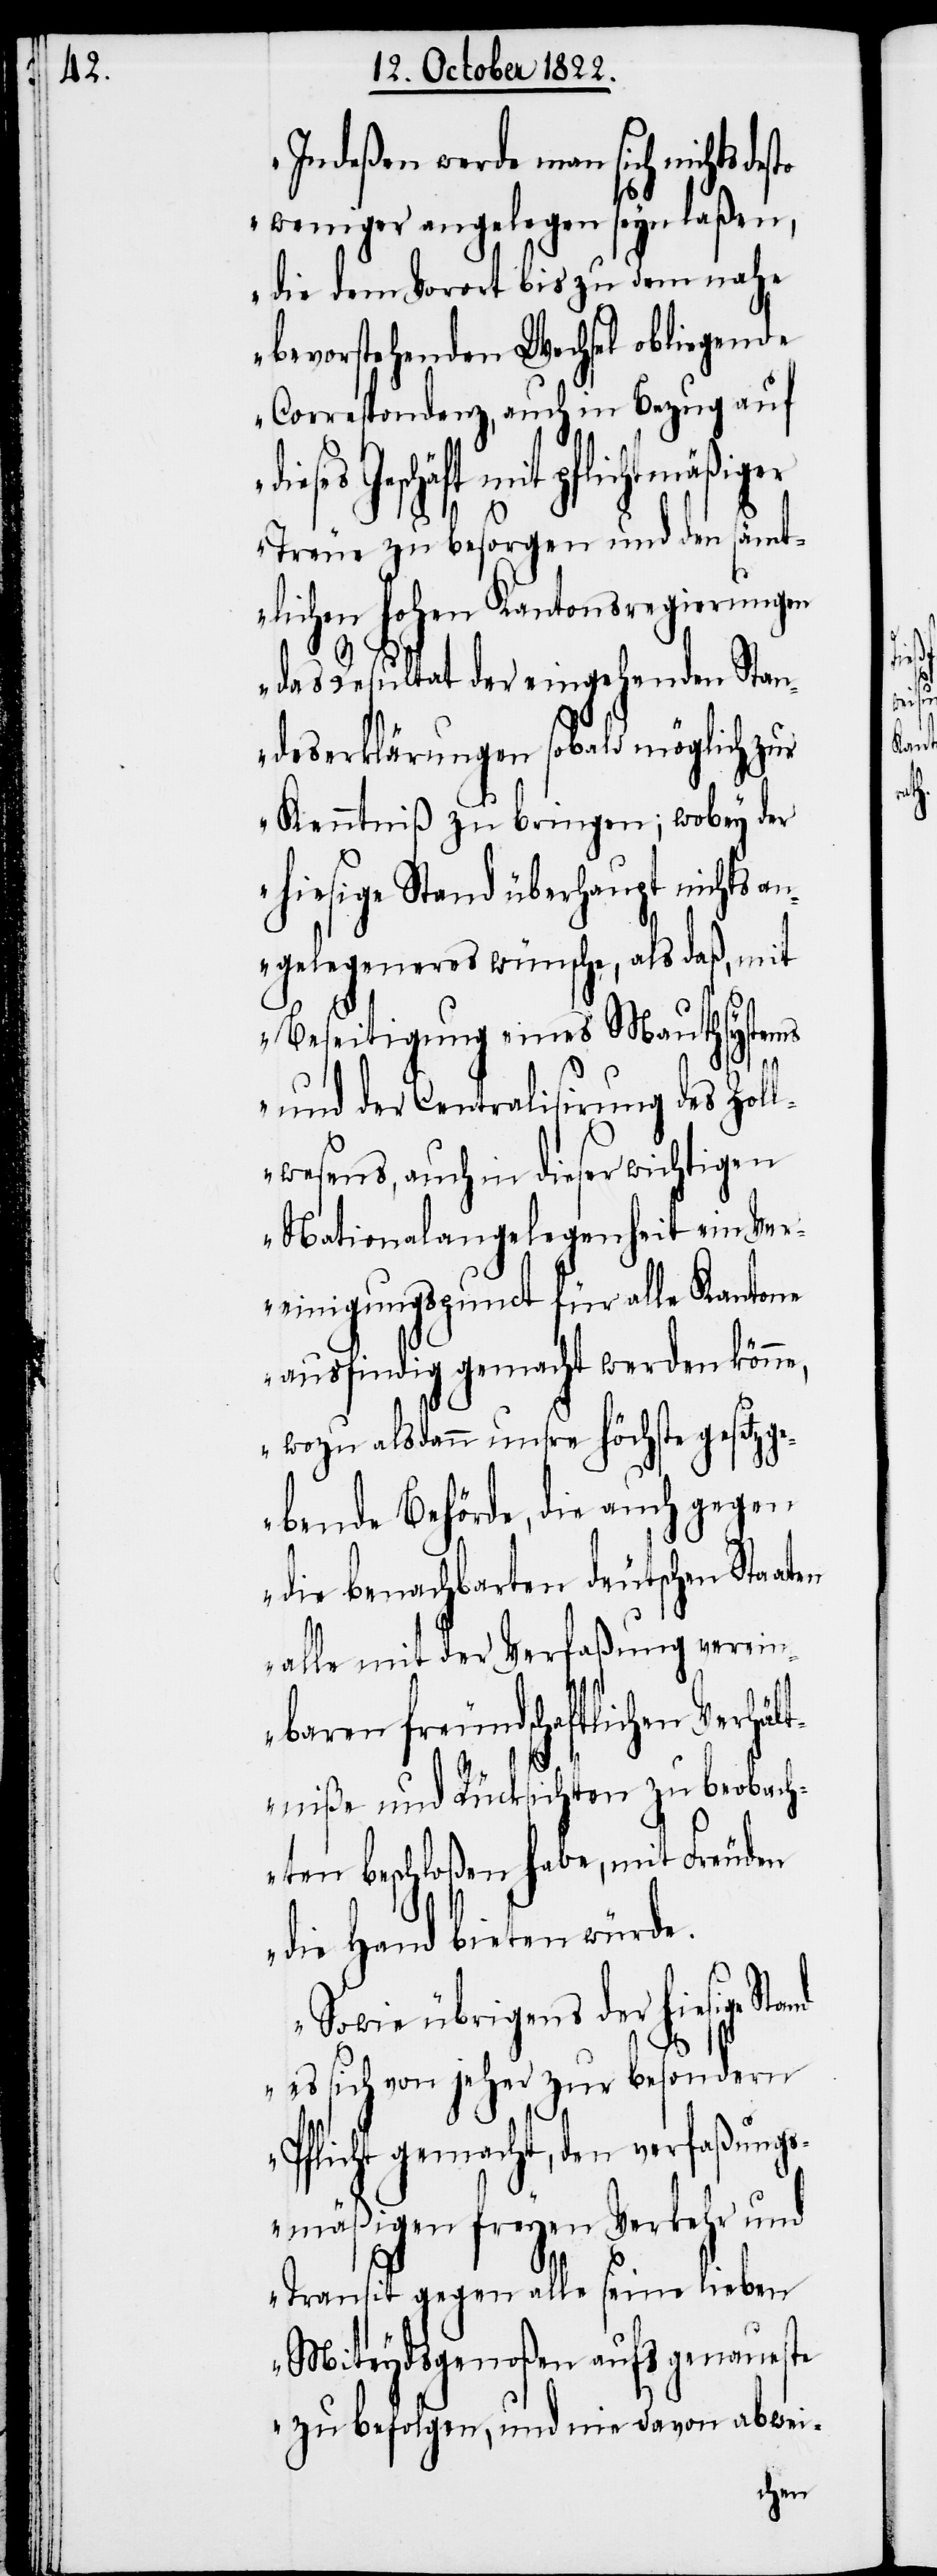
Indeßen werde man sich nichts des¬
to
weniger angelegen seyn laßen,
die dem Vorort bis zu dem nahe
bevorstehenden Wechsel obliegende
Correspondenz, auch in Bezug auf
ieses Geschäft mit pflichtmäßiger
Treue zu besorgen und den sämt¬
lichen hohen Kantonsregierungen
das Resultat der eingehenden Stan¬
deserklärungen sobald möglich zur
Kenntniß zu bringen; wobey der
hiesige Stand überhaupt nichts an¬
gelegeneres wünsche, als daß, mit
Beseitigung eines Mauthsystems
d¬
und der Centralisirung des Zoll¬
wesens, auch in dieser wichtigen
Nationalangelegenheit ein Ver¬
einigungspunct für alle Kantone
ausfindig gemacht werden könne,
wozu alsdann unsre höchste gesetzg¬
ebende Behörde, die auch gegen
die benachbarten deutschen Staaten
alle mit der Verfaßung verein¬
baren freundschaftlichen Verhä¬
ltniße und Rücksichten zu beobacht¬
en beschloßen habe, mit Freuden
die Hand bieten würde.
Sowie übrigens der hiesige Stand
es sich von jeher zur besondern
Pflicht gemacht, den verfaßung¬
smäßigen freyen Verkehr und
Transit gegen alle seine lieben
Miteydsgenoßen aufs genaueste
zu befolgen, und nie davon abwei-